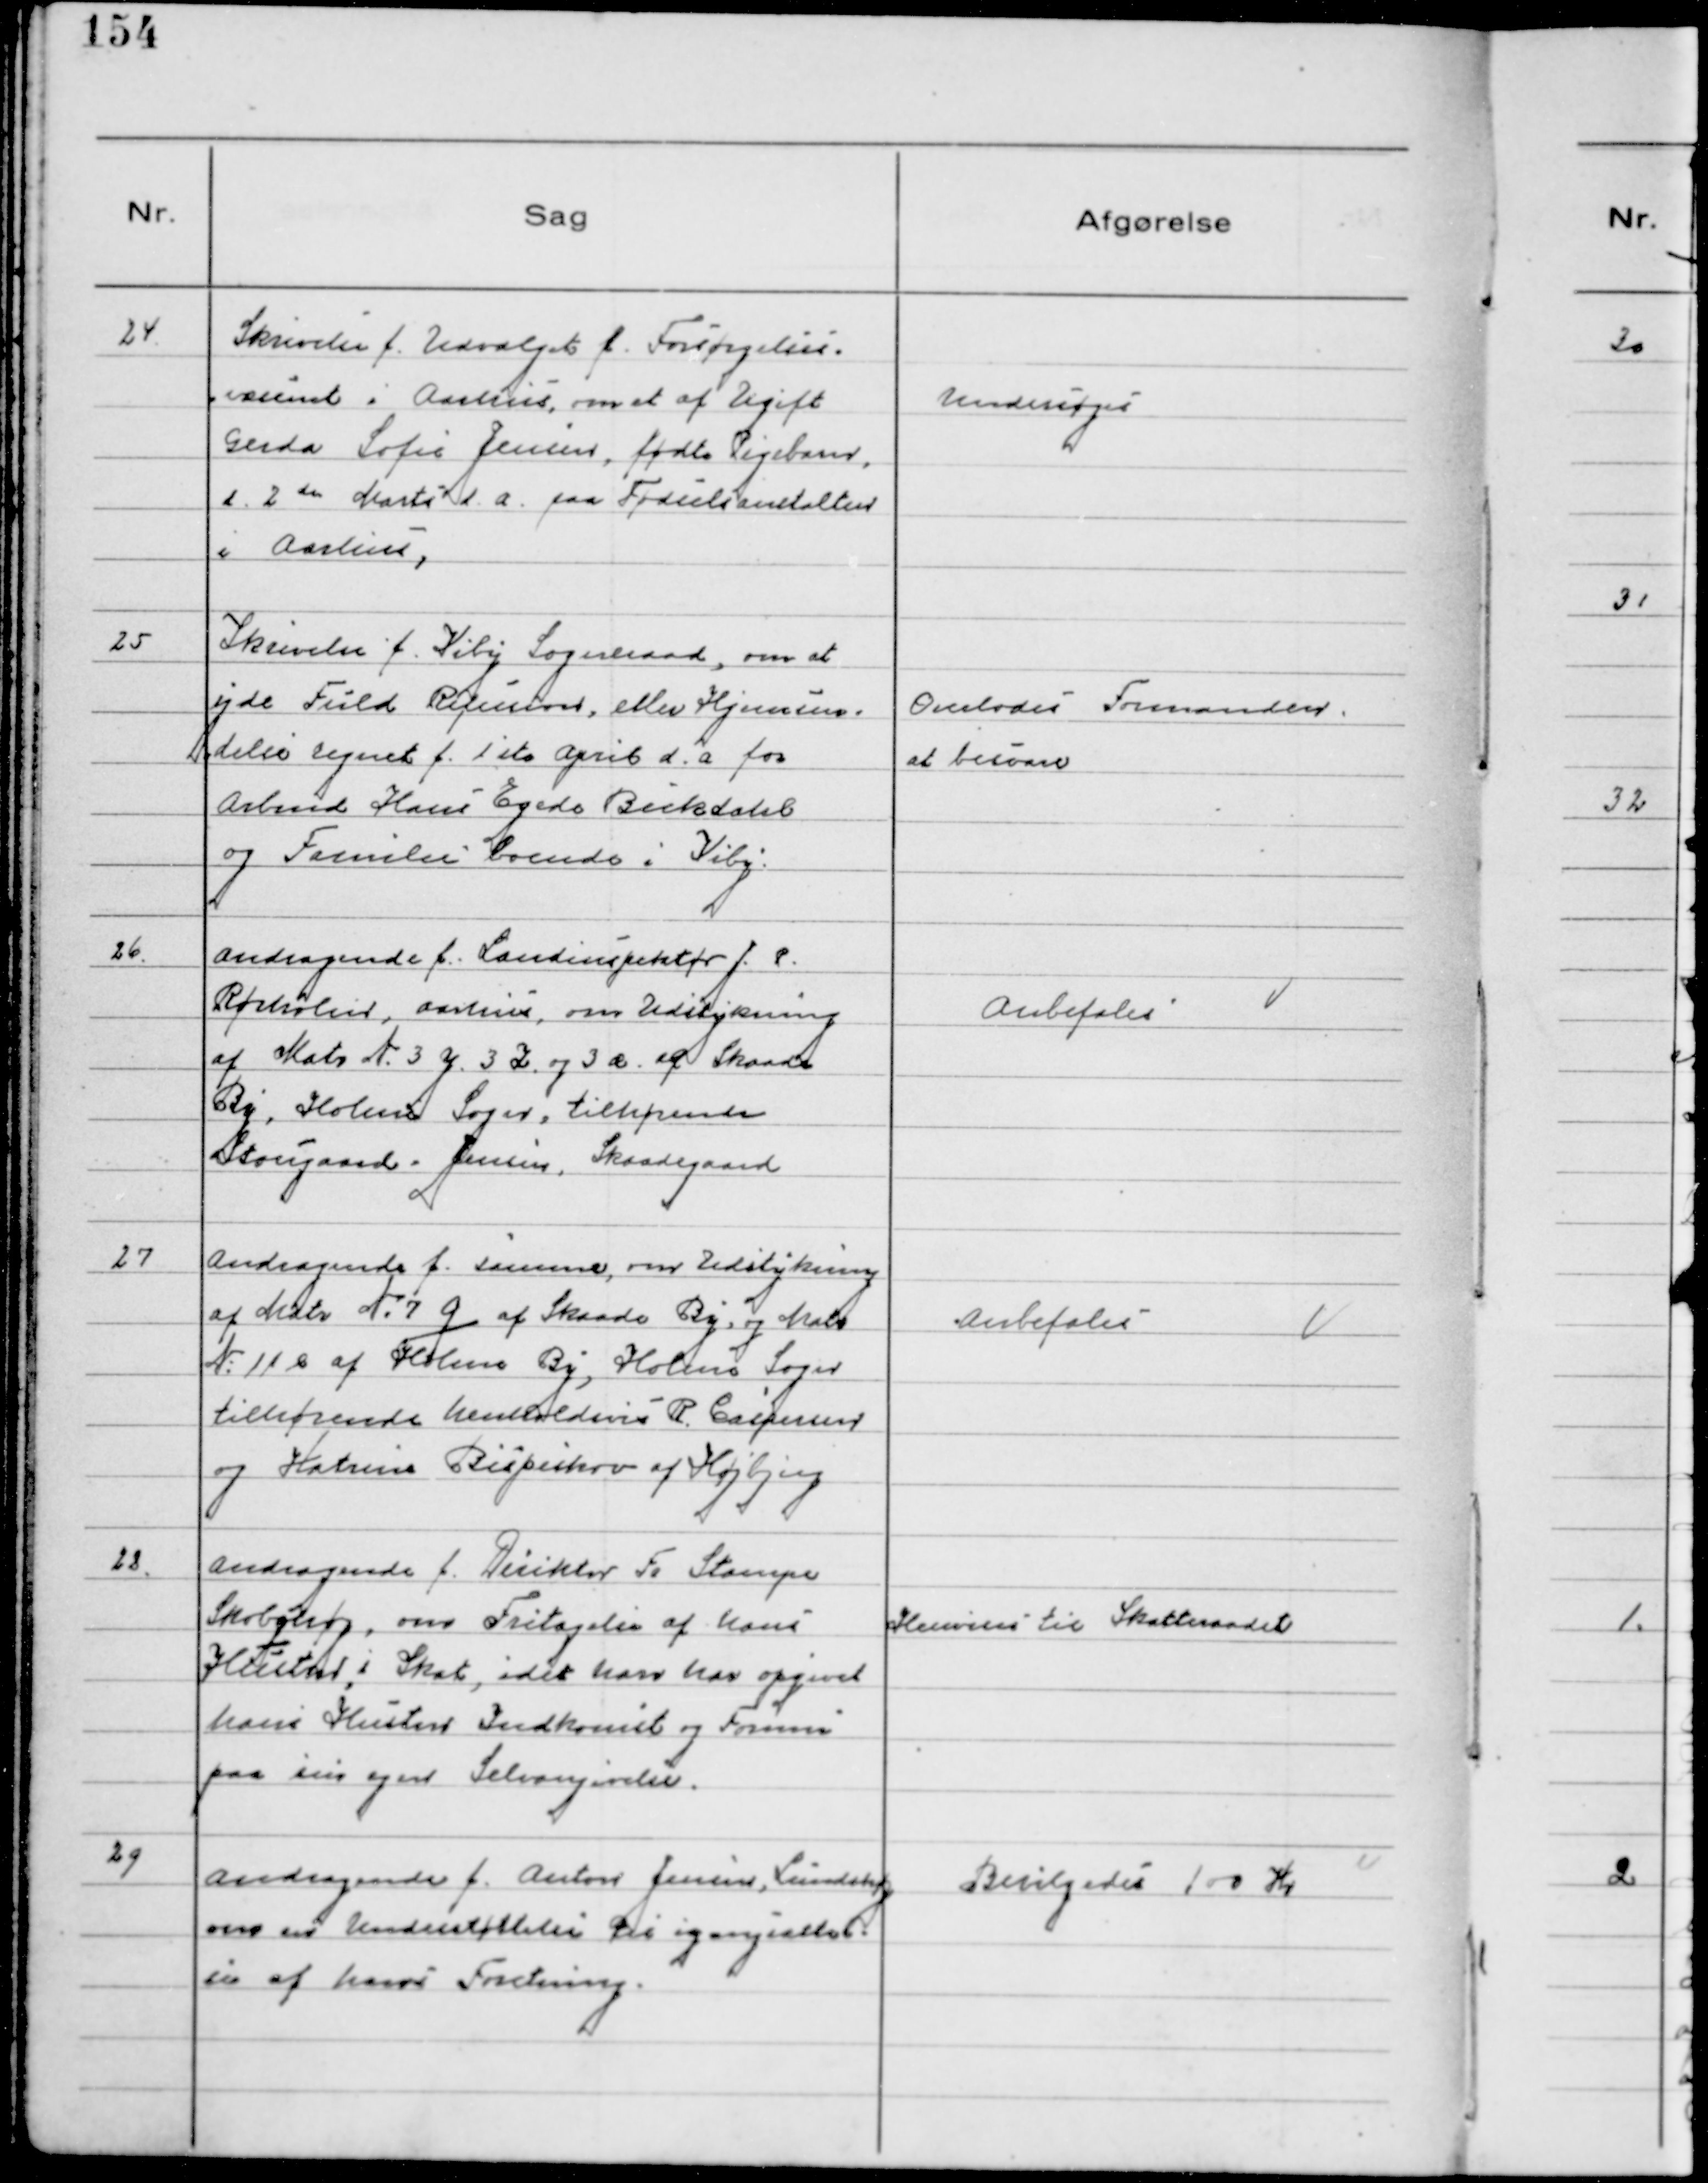
Transskription:
24.
Skrivelse f. Udvalget f. Forsørgelses-
væsenet i Aarhus, om et af Ugift
Gerda Sofie Jensen, fødte Pigebarn,
d. 2 de Marts d. a. paa Fødselsanstalten
i Aarhus,

Undersøges

25
Skrivelse f. Viby Sogneraad, om at
yde Fuld Refusion, eller Hjemsen-
delse regnet f. 1 ste April d.a. for
Arbmd Hans Egede Bukdahl
og Familie boende i Viby.

Overlodes Formanden
at besvare

26.
Andragende f. Landinspektør J.P.
Rørholm, Aarhus, om Udstykning
af Matr № 3 y. 3 z. og 3 æ. af Skaade
By, Holme Sogn, tilhørende
Stougaard - Jensen, Skaadegaard

Anbefales

27
Andragende f. samme, om Udstykning
af Matr № 7 g af Skaade By og Matr
№ 11 e af Holme By, Holme Sogn
tilhørende henholdsvis R. Caspersen
og Katrine Bispeskov af Højbjerg

Anbefales

28.
Andragende f. Diriktør Fr Stampe
Skobohøj, om Fritagelse af hans
Hustru, i Skat, idet han har opgivet
hans Hustrus Indkomst og Formue
paa sin egen Selvangivelse.

Henvises til Skatteraadet

29
Andragende f. Anton Jensen, Lundshøj
om en Understøttelse til igangsættel-
se af hans Foretning.

Bevilgedes 100 Kr